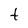
Character: t